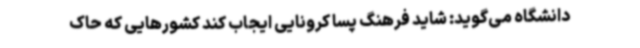
دانشگاه می‌گوید: شاید فرهنگ پسا کرونایی ایجاب کند کشورهایی که حاک